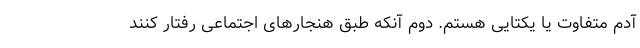
آدم متفاوت یا یکتایی هستم. دوم آنکه طبق هنجارهای اجتماعی رفتار کنند